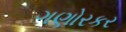
ગણોરકર